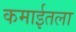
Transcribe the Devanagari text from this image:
कमाईतला